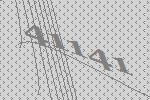
41141